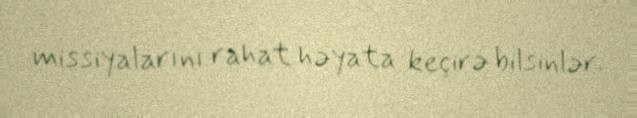
missiyalarını rahat həyata keçirə bilsinlər.